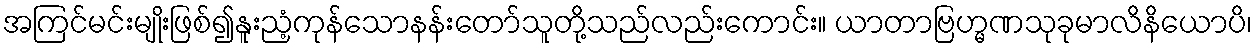
အကြင်မင်းမျိုးဖြစ်၍နူးညံ့ကုန်သောနန်းတော်သူတို့သည်လည်းကောင်း။ ယာတာဗြဟ္မဏသုခုမာလိနိယောပိ၊